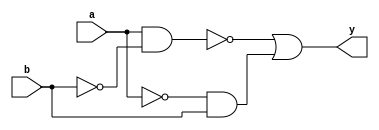
module comb_xor_gate (
    input wire a,
    input wire b,
    output reg y
);

assign y = ~(a & ~b) | (~a & b);

endmodule